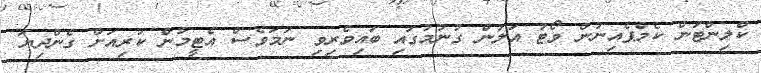
ކްލިންޓަން ކެމްޕެއިނުން ވޯޓު އަލުން ގުނުމުގައި ބައިވެރިވި ނަމަވެސް އެޓީމުން ކުރިއަށް ގެންދިޔަ